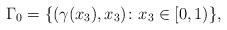
LaTeX: \begin{align*}\Gamma_0 = \{(\gamma(x_3),x_3) \colon x_3\in[0,1)\},\end{align*}